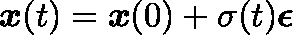
\mathbf { \boldsymbol { x } } ( t ) = \mathbf { \boldsymbol { x } } ( 0 ) + \sigma ( t ) \mathbf { \boldsymbol { \epsilon } }